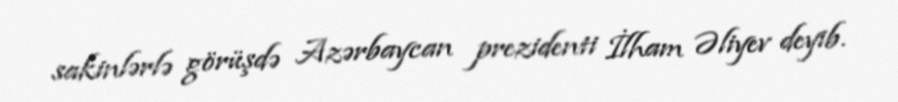
sakinlərlə görüşdə Azərbaycan prezidenti İlham Əliyev deyib.